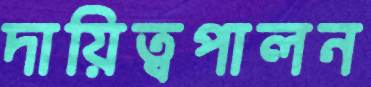
দায়িত্বপালন